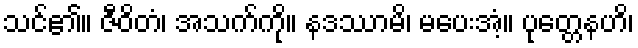
သင်၏။ ဇီဝိတံ၊ အသက်ကို။ နဒဿာမိ၊ မပေးအံ့။ ပုတ္တေနဟိ၊